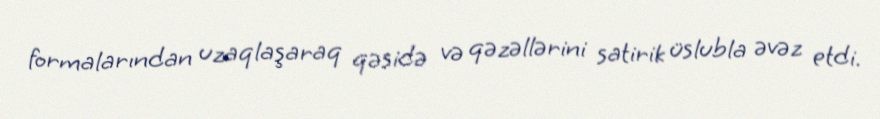
formalarından uzaqlaşaraq qəsidə və qəzəllərini satirik üslubla əvəz etdi.